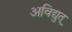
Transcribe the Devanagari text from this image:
अविद्युत्